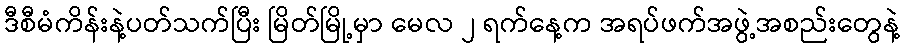
ဒီစီမံကိန်းနဲ့ပတ်သက်ပြီး မြိတ်မြို့မှာ မေလ ၂ ရက်နေ့က အရပ်ဖက်အဖွဲ့အစည်းတွေနဲ့